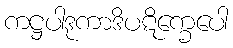
ကဋ္ဌပါဒုကာဒိပဋိက္ခေပေါ